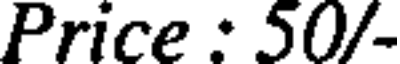
Price : 50/-